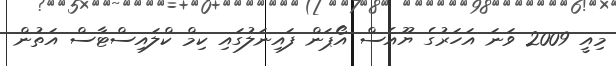
މިއީ 2009 ވަނަ އަހަރުގެ ޔޫއެސް އޯޕަން ފައިނަލުގައި ކިމް ކްލައިސްޓާސް އަތުން